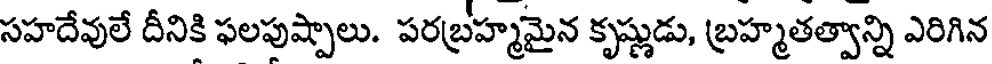
సహదేవులే దీనికి ఫలపుష్పాలు. పరబ్రహ్మమైన కృష్ణుడు, బ్రహ్మతత్వాన్ని ఎరిగిన